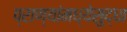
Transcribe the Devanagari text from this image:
प्राण्यांमध्येसुद्धा